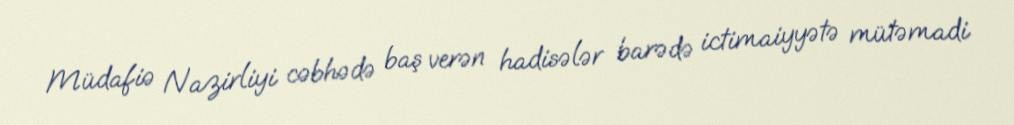
Müdafiə Nazirliyi cəbhədə baş verən hadisələr barədə ictimaiyyətə mütəmadi